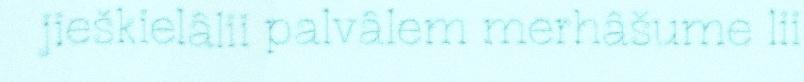
jieškielâlii palvâlem merhâšume lii